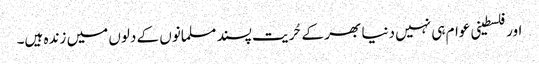
اور فلسطینی عوام ہی نہیں دنیا بھر کے حُریت پسند مسلمانوں کے دلوں میں زندہ ہیں۔